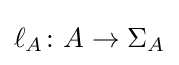
\ell _{A}\colon A\rightarrow \Sigma _{A}